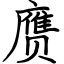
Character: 赝